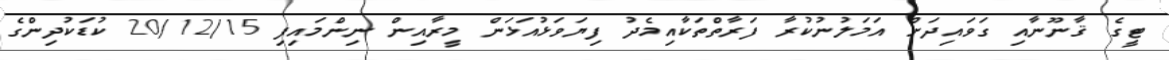
ޓީގެ ޤާނޫނާއި ގަވައިދަށް އަމަލުނުކުރާ ފަރާތްތަކާއިމެދު ފިޔަވަޅުއަޅަން މީރާއިން ނިންމައިފި 20/12/15 ކުޑަކުދިންގެ